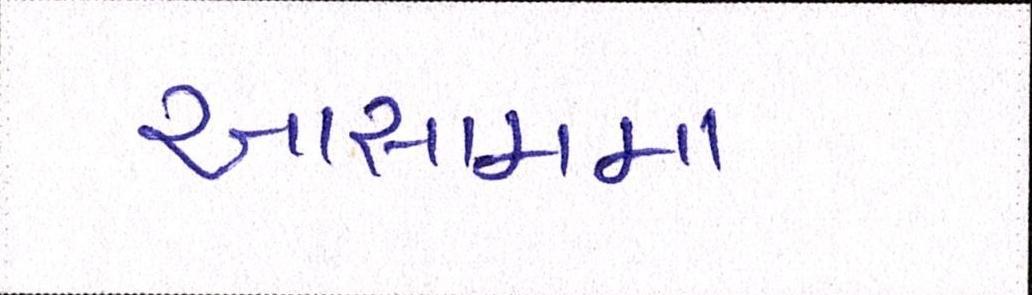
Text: આસામમા